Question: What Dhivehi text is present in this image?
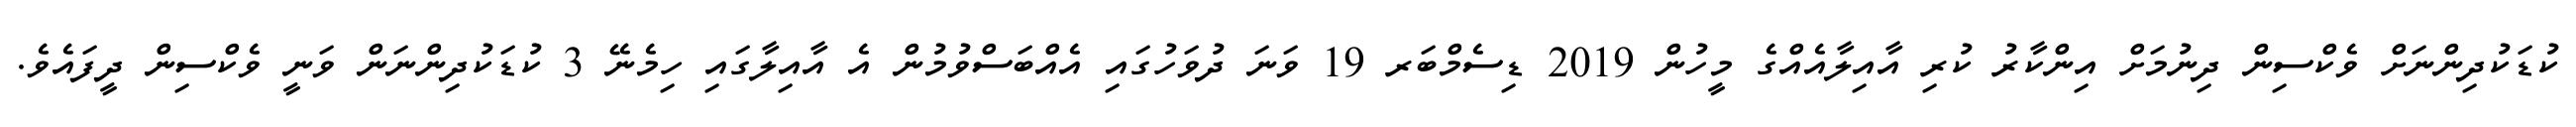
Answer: ކުޑަކުދިންނަށް ވެކްސިން ދިނުމަށް އިންކާރު ކުރި އާއިލާއެއްގެ މީހުން 2019 ޑިސެމްބަރ 19 ވަނަ ދުވަހުގައި އެއްބަސްވުމުން އެ އާއިލާގައި ހިމެނޭ 3 ކުޑަކުދިންނަން ވަނީ ވެކްސިން ދީފައެވެ.